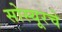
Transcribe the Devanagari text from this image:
सोस्यूरचे